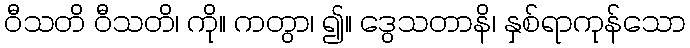
ဝီသတိ ဝီသတိ၊ ကို။ ကတွာ၊ ၍။ ဒွေသတာနိ၊ နှစ်ရာကုန်သော